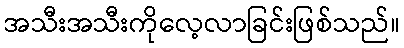
အသီးအသီးကိုလေ့လာခြင်းဖြစ်သည်။